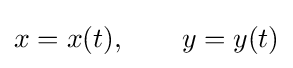
x=x(t),\qquad y=y(t)